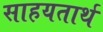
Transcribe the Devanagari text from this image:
साहयतार्थ